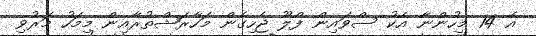
އެ 14 މީހުންނާ އެކު ސްވައިން ފްލޫ ޖެހިގެން މަހާރަޝްތުރާއިން މިމަހު މަރުވި